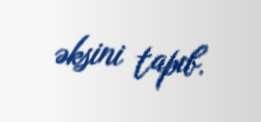
əksini tapıb.